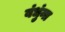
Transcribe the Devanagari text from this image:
बंधुंना